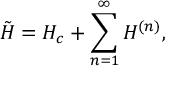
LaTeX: \tilde { H } = H _ { c } + \sum _ { n = 1 } ^ { \infty } H ^ { ( n ) } ,